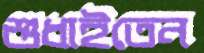
শুধাইতেন